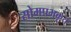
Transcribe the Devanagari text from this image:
सोमप्रभकृत